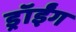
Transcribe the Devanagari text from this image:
ड्रॉईंग